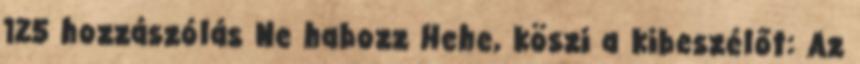
125 hozzászólás Ne habozz Hehe, köszi a kibeszélőt: Az